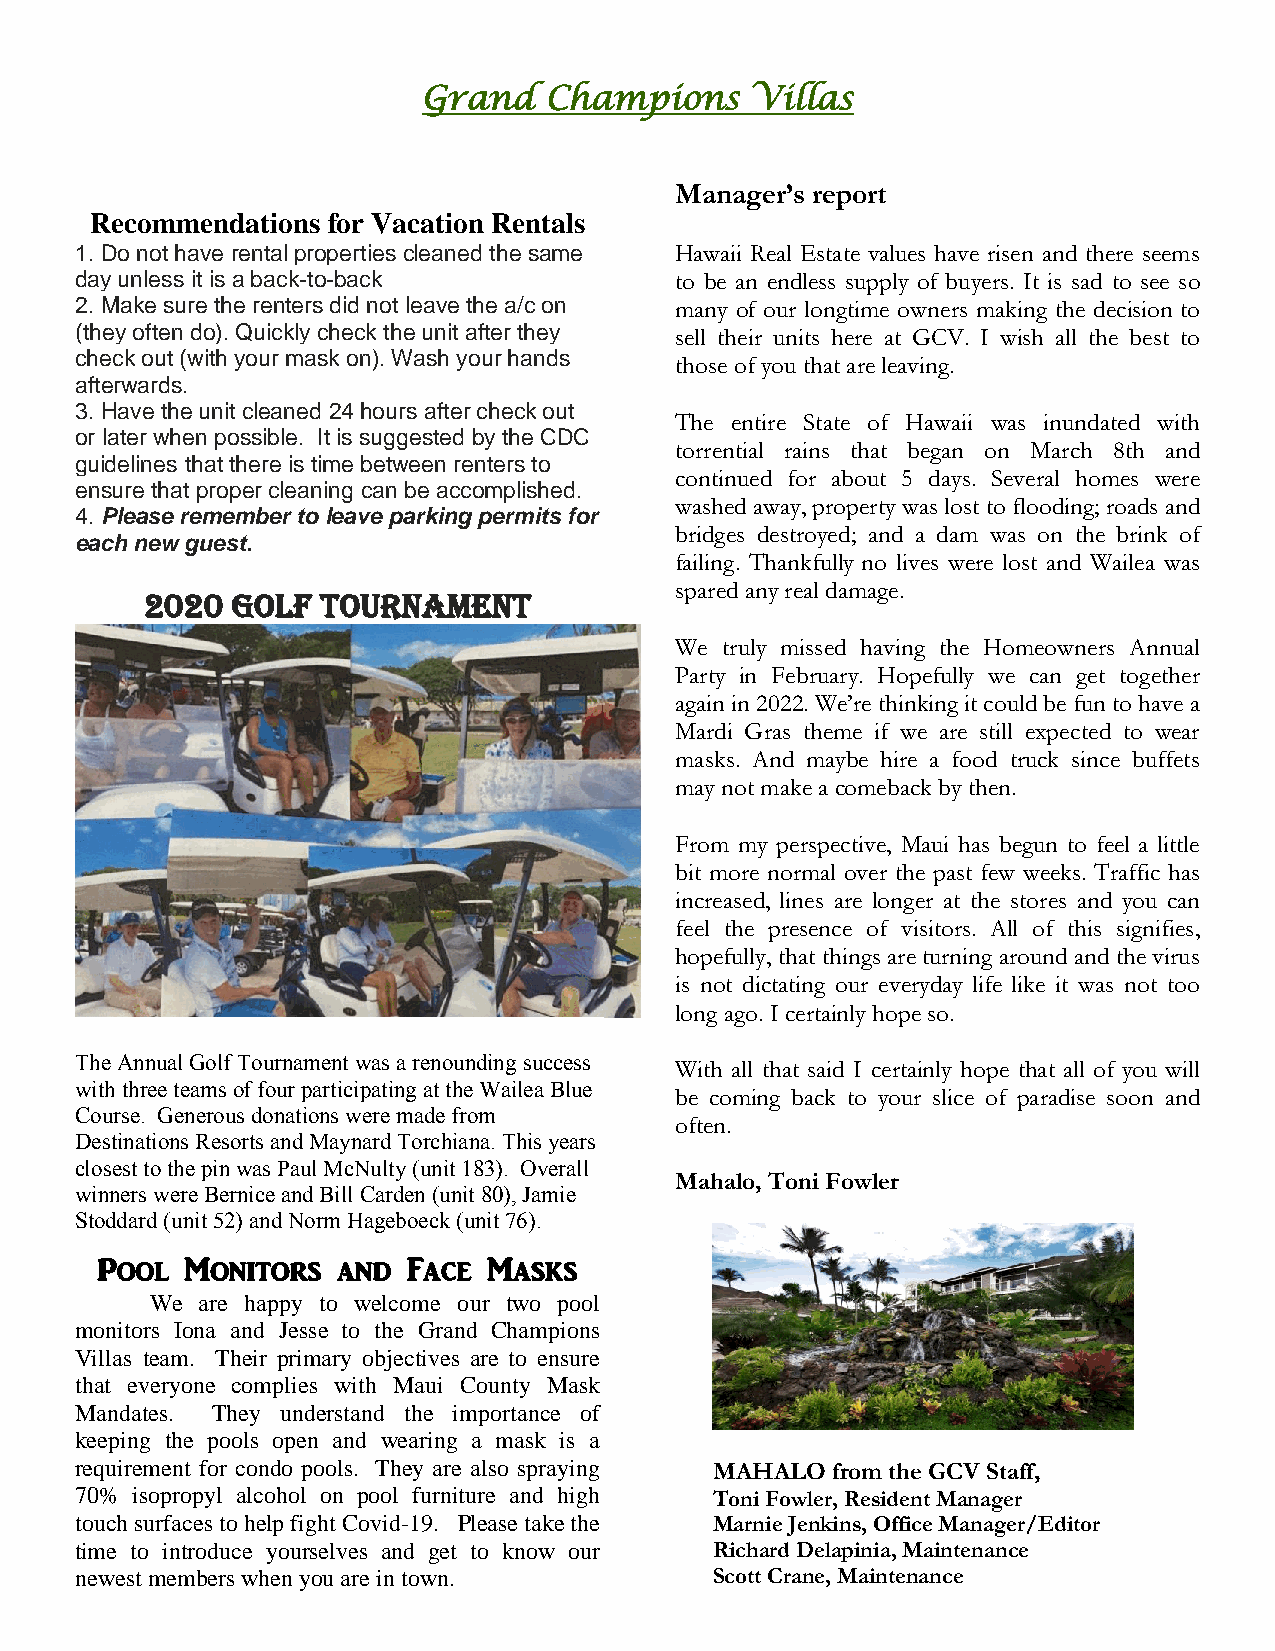
Grand   Champions     Villas
 Manager’s report
 Recommendations for Vacation Rentals
 1. Do not have rental properties cleaned the same Hawaii Real Estate values have risen and there seems
 day unless it is a back-to-back         to be an endless supply of buyers. It is sad to see so
 2. Make sure the renters did not leave the a/c on many of our longtime owners making the decision to
 (they often do). Quickly check the unit after they sell their units here at GCV. I wish all the best to
 check out (with your mask on). Wash your hands
 those of you that are leaving.
 afterwards.
 3. Have the unit cleaned 24 hours after check out
 The entire State of Hawaii was inundated with
 or later when possible. It is suggested by the CDC
 torrential rains that began on March 8th and
 guidelines that there is time between renters to
 continued for about 5 days. Several homes were
 ensure that proper cleaning can be accomplished.
 washed away, property was lost to flooding; roads and
 4. Please remember to leave parking permits for
 bridges destroyed; and a dam was on the brink of
 each new guest.
 failing. Thankfully no lives were lost and Wailea was
 spared any real damage.
 2020 Golf  tournament
 We truly missed having the Homeowners Annual
 Party in February. Hopefully we can get together
 again in 2022. We’re thinking it could be fun to have a
 Mardi Gras theme if we are still expected to wear
 masks. And maybe hire a food truck since buffets
 may not make a comeback by then.
 From my perspective, Maui has begun to feel a little
 bit more normal over the past few weeks. Traffic has
 increased, lines are longer at the stores and you can
 feel the presence of visitors. All of this signifies,
 hopefully, that things are turning around and the virus
 is not dictating our everyday life like it was not too
 long ago. I certainly hope so.
 The Annual Golf Tournament was a renounding success
 With all that said I certainly hope that all of you will
 with three teams of four participating at the Wailea Blue
 be coming back to your slice of paradise soon and
 Course. Generous donations were made from
 often.
 Destinations Resorts and Maynard Torchiana. This years
 closest to the pin was Paul McNulty (unit 183). Overall
 Mahalo, Toni Fowler
 winners were Bernice and Bill Carden (unit 80), Jamie
 Stoddard (unit 52) and Norm Hageboeck (unit 76).
 Pool  Monitors  and  Face Masks
 We are happy to welcome our two pool
 monitors Iona and Jesse to the Grand Champions
 Villas team. Their primary objectives are to ensure
 that everyone complies with Maui County Mask
 Mandates. They understand the importance of
 keeping the pools open and wearing a mask is a
 requirement for condo pools. They are also spraying MAHALO from the GCV Staff,
 70% isopropyl alcohol on pool furniture and high Toni Fowler, Resident Manager
 touch surfaces to help fight Covid-19. Please take the Marnie Jenkins, Office Manager/Editor
 time to introduce yourselves and get to know our Richard Delapinia, Maintenance
 newest members when you are in town.      Scott Crane, Maintenance